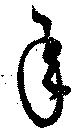
承